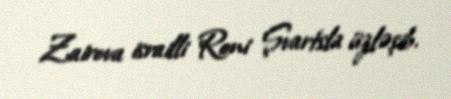
Zairova israilli Roni Şvartsla üzləşib.